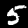
Digit: 5